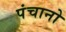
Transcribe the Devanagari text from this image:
पंचानो